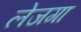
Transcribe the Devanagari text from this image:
लेजगा